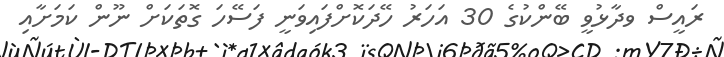
ރައީސް ވދާޅުވީ ބޭންކުގެ 30 އަހަރު ހޭދަކޮށްފައިވަނީ ފަސޭހަ ގޮތަކަށް ނޫން ކަމަށާއި